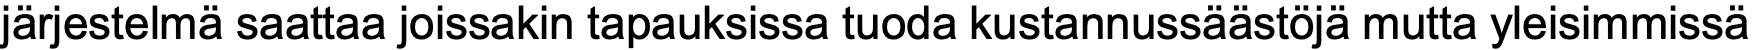
järjestelmä saattaa joissakin tapauksissa tuoda kustannussäästöjä mutta yleisimmissä